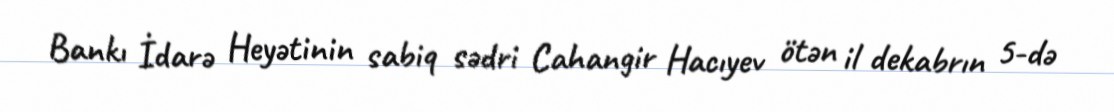
Bankı İdarə Heyətinin sabiq sədri Cahangir Hacıyev ötən il dekabrın 5-də